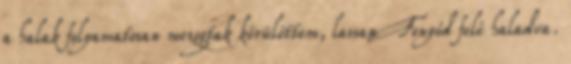
a halak folyamatosan mozogtak körülöttem, lassan Fonyód felé haladva.